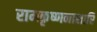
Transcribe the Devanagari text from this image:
रामकृष्णनाशारि